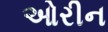
ઓરીન